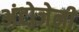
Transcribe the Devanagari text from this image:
अंटोजेनी